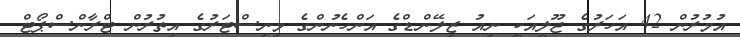
އުމުރުން 42 އަހަރުގެ ޖޫލީއަކީ ނިއު ޒިލޭންޑްގެ އަންހެނުންގެ މިނިސްޓަރުގެ އިތުރުން ޓްރާންސްޕޯޓް